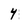
Character: 4